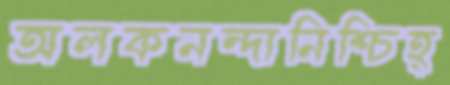
অলকনন্দানিশ্চিহ্